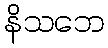
နိသဘေ